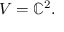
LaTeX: V = \mathbb { C } ^ { 2 } .